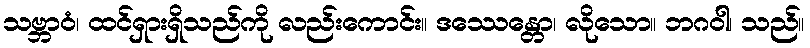
သဗ္ဘာဝံ၊ ထင်ရှားရှိသည်ကို လည်းကောင်း။ ဒဿေန္တော၊ လိုသော။ ဘဂဝါ၊ သည်။